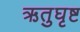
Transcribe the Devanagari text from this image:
ऋतुघृष्ट